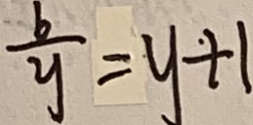
\frac { b } { y } = y + 1